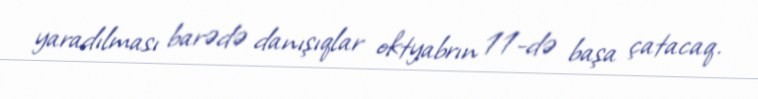
yaradılması barədə danışıqlar oktyabrın 11-də başa çatacaq.